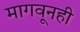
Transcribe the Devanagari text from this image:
मागवूनही